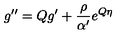
g ^ { \prime \prime } = Q g ^ { \prime } + \frac { \rho } { \alpha ^ { \prime } } e ^ { Q \eta }